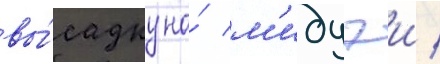
вы́садку на́ м'идуэи /